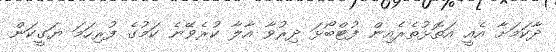
ދާކަމަށާ އެއީ އަތޮޅުތެރެއިން ފުޓްބޯޅަ ދިރުވާ އާލާ ކުރެވޭނެ ކަމުގެ ފުރިހަމަ ޔަގީކަން